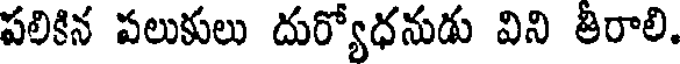
పలికిన పలుకులు దుర్యోధనుడు విని తీరాలి.